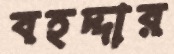
বহদ্দার